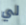
لي